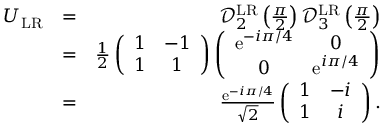
\begin{array} { r l r } { U _ { \mathrm { L R } } } & { = } & { \mathcal { D } _ { 2 } ^ { \mathrm { L R } } \left( \frac { \pi } { 2 } \right) \mathcal { D } _ { 3 } ^ { \mathrm { L R } } \left( \frac { \pi } { 2 } \right) } \\ & { = } & { \frac { 1 } { 2 } \left( \begin{array} { c c } { 1 } & { - 1 } \\ { 1 } & { 1 } \end{array} \right) \left( \begin{array} { c c } { \mathrm { e } ^ { - i \pi / 4 } } & { 0 } \\ { 0 } & { \mathrm { e } ^ { i \pi / 4 } } \end{array} \right) } \\ & { = } & { \frac { \mathrm { e } ^ { - i \pi / 4 } } { \sqrt { 2 } } \left( \begin{array} { c c } { 1 } & { - i } \\ { 1 } & { i } \end{array} \right) . } \end{array}